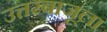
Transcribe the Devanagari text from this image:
उत्तरबाजूला